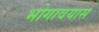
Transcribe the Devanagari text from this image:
भोगावयास